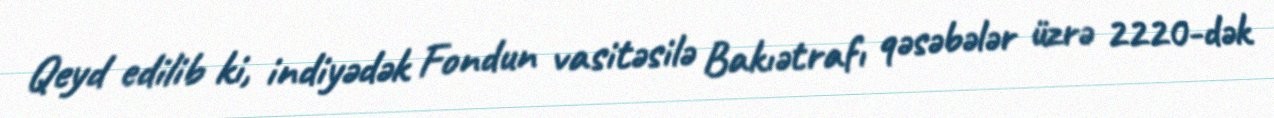
Qeyd edilib ki, indiyədək Fondun vasitəsilə Bakıətrafı qəsəbələr üzrə 2220-dək